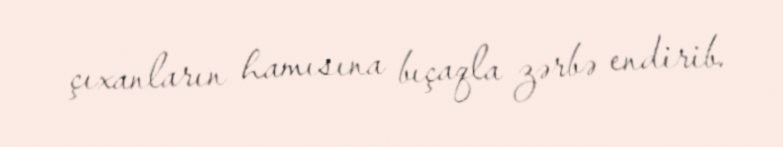
çıxanların hamısına bıçaqla zərbə endirib.